Civil Veterinary Dept. North-West Frontier Province 1901-22 - 1901-1922
Year: 1901
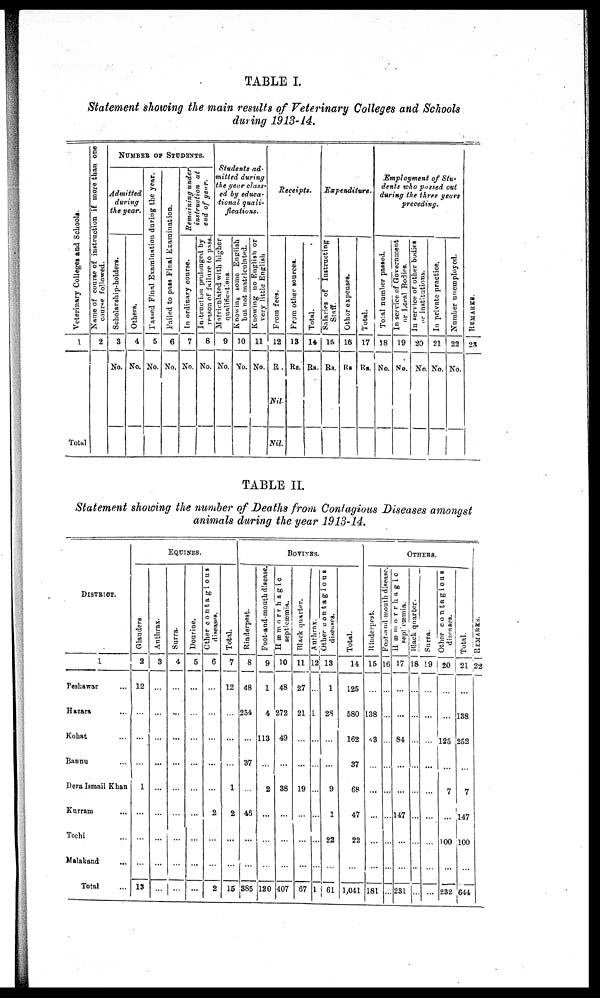
TABLE I.
Statement showing the main results of Veterinary Colleges and Schools
during 1913-14.
Veterinary Colleges and Schools.
1
Total
Name of course of instruction if more than one
course followed.
2
NUMBER OF STUDENT
Admitted
during
the year.
Scholarship-holders.
3
No.
Others.
4
No.
Passed
Final Examination during the year.
5
No.
Failed to pass
Final Examination.
6
No.
Remaining under
instruction at
end of year.
In ordinary course.
7
No.
Instruction
prolonged by
reason of failure
to pass.
8
No.
Students ad-
mitted during
the year class-
ed by educa-
tional quali-
fications.
Matriculated with higher
qualifications.
9
No.
Knowing
some English
but not matriculated.
10
No.
Knowing no English or
very little English
11
No.
Receipts.
From fees.
12
Rs.
Nil.
Nil.
From other sources.
13
Rs.
Total.
14
Rs.
Expenditure.
Salaries of Instructing
Staff.
15
Rs.
Other expenses.
16
Rs
Total.
17
Rs.
Employment of Stu-
dents who passed out
during the three years
preceding.
Total
number passed.
18
No.
In service of Government
or Local Bodies.
19
No.
In service of other bodies
or institutions.
20
No.
In private practice.
21
No.
Number unemployed.
22
No.
REMARKS.
23
TABLE II.
Statement showing the number of Deaths from Contagious Diseases amongst
animals during the year 1913-14.
DISTRICT.
1
Peshawar ...
Hazara ...
Kohat ...
Bannu ...
Dera Ismail Khan
Kurram ...
Tochi ...
Malakand ...
Total
EQUINES.
Glanders
2
12
...
...
...
1
...
...
...
13
Anthrax.
3
...
...
...
...
...
...
...
...
...
Surra.
4
...
...
...
...
...
...
...
...
...
Dourine.
5
...
...
...
...
...
...
...
...
...
Other contagious
diseases.
6
...
...
...
...
...
2
...
2
Total.
7
12
...
...
...
1
2
...
...
15
BOVINES.
Rinderpest.
8
48
254
...
37
...
46
...
...
385
Foot-and-mouth disease.
9
1
4
113
...
2
...
...
...
120
Hæmorrhagic
septicæmia.
10
48
272
49
...
38
...
...
...
407
Black quarter.
11
27
21
...
...
19
...
...
...
67
Anthrax.
12
...
1
...
...
...
...
...
...
1
Other contagious
diseases.
13
1
28
...
...
9
1
22
...
61
Total.
14
125
580
162
37
68
47
22
...
1,041
OTHERS.
Rinderpest.
15
...
138
43
...
...
...
...
...
181
Foot and mouth disease.
16
...
...
...
...
...
...
...
...
...
Hæmorrhagic
septicæmia.
17
...
...
84
...
...
147
...
...
231
Black quarter.
18
...
...
...
...
...
...
...
...
...
Surra.
19
...
...
...
...
...
...
...
...
...
Other contagious
20
...
...
125
...
7
...
100
...
232
Total.
21
...
138
252
...
7
147
100
...
644
REMARKS.
22